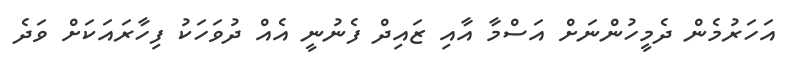
އަހަރުމެން ދެމީހުންނަށް އަސްމާ އާއި ޒައިދް ފެނުނީ އެއް ދުވަހަކު ފިހާރައަކަށް ވަދެ